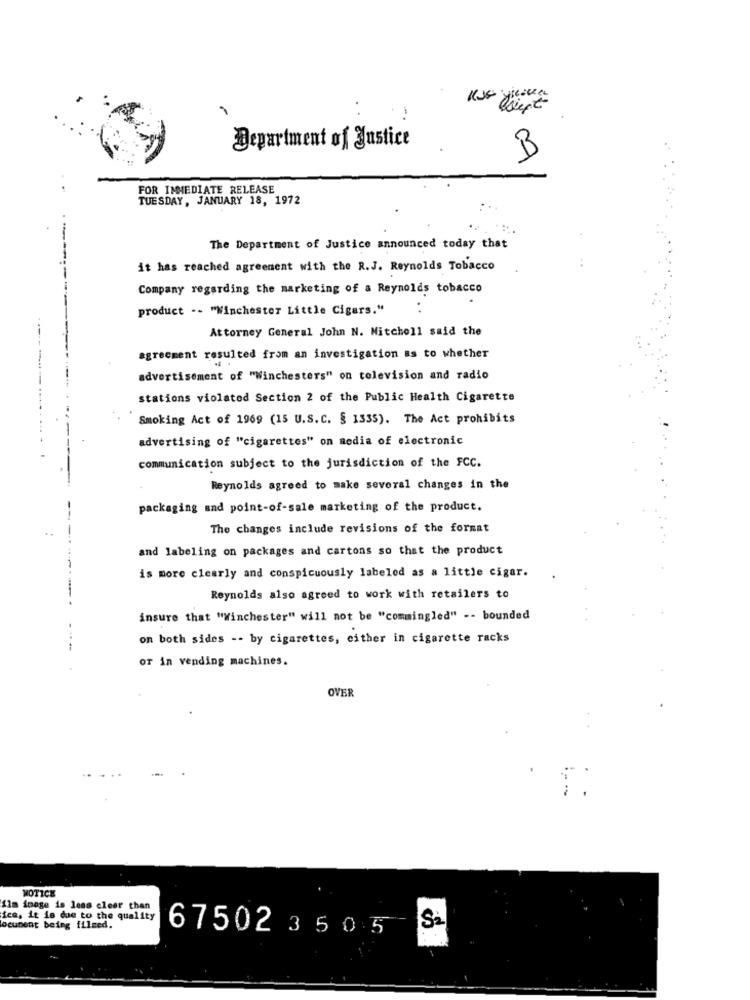
Department of Justice
B
FOR IMMEDIATE RELEASE
TUESDAY, JANUARY 18, 1972
The Department of Justice announced today that
it has reached agreement with the R.J. Reynolds Tobacco
-------
Company regarding the marketing of a Reynolds tobacco
product -- "Winchester Little Cigars."
. .
Attorney General John N. Mitchell said the
agreement resulted from an investigation as to whether
advertisement of "Winchesters" on television and radio
stations violated Section 2 of the Public Health Cigarette
Smoking Act of 1969 (15 U.S.C. § 1335). The Act prohibits
advertising of "cigarettes" on media of electronic
communication subject to the jurisdiction of the FCC.
Reynolds agreed to make several changes in the
packaging and point-of-sale marketing of the product.
The changes include revisions of the format
and labeling on packages and cartons so that the product
is more clearly and conspicuously labeled as a little cigar.
Reynolds also agreed to work with retailers to
insure that "Winchester" will not be "commingled" -- bounded
on both sides -- by cigarettes, either in cigarette racks
or in vending machines.
OVER
MOTICE
Ilm image is less cleer than
ica, it is due to the quality
Si
ocument being filmed.
67502 3 505